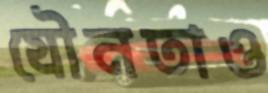
যৌনতাও